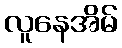
လူနေအိမ်